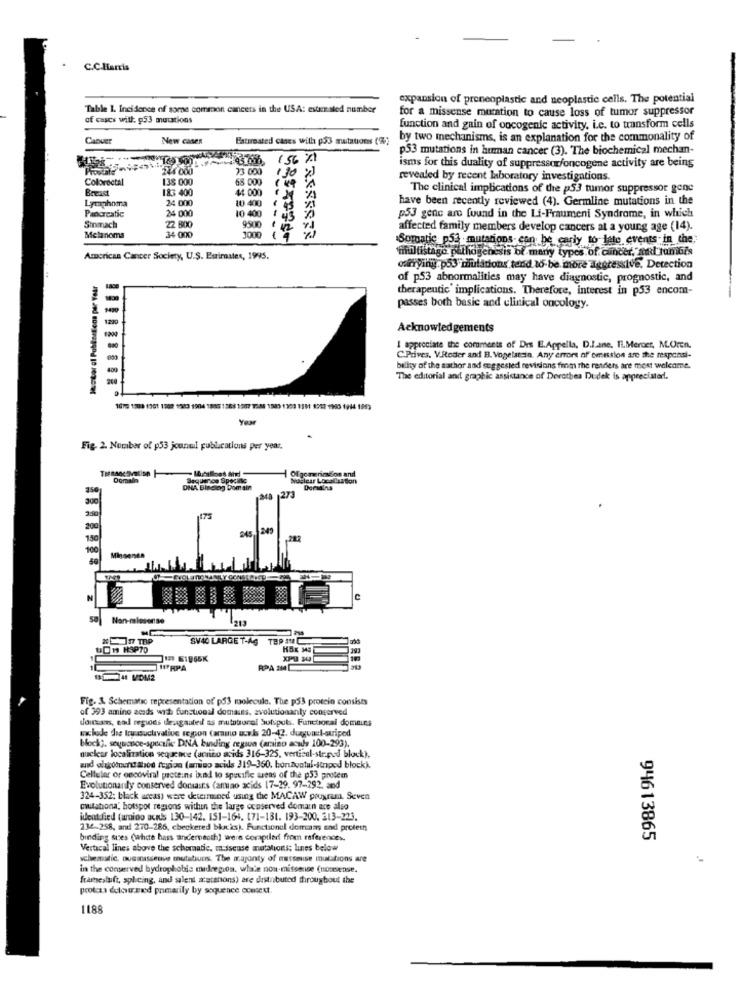
C.C.Harris
expansion of preneoplastic and neoplastic cells. The potential
Table 1. Incidence of some common cancers in the USA: estimated number
for a missense mutation to cause loss of tumor suppressor
of cases with: 53 mutations
function and gain of oncogenic activity, i.e. to transform cells
Caover
New canen
Esteroated cises will p33 mutations (%)
by two mechanisms, is an explanation for the commonality of
p53 mutations in human cancer (3). The biochemical mechan-
+43006
(56 %
244 000
73 000
130
isms for this duality of suppressor/oncogene activity are being
Colorectal
138 000
68 000
revealed by recent laboratory investigations.
Breast
183 400
44 000
The clinical implications of the p53 tumor suppressor gene
24 000
10 400
have been recently reviewed (4). Germline mutations in the
Lymphoma
Pancreatic
24 000
10 400
45
p53 gene are found in the Li-Fraumeni Syndrome, in which
Simach
22 800
34 000
9500
1000
affected family members develop cancers at a young age (14).
Melanoma
FREASSER
Somatic p53 mutations-can be carly to late events in the,
mifuiltistago pathogenesis of many types of cinder, Al tumbis
American Cancer Society, U.S. Eurimates, 1995.
carrying:p53"mutations tend 16-be more Tegressive. Detection
Justor of Publiertions per Year
of p53 abnormalities may have diagnostic, prognostic, and
therapeutic implications. Therefore, interest in p53 encom-
passes both basic and clinical oncology.
1220
Acknowledgements
I appreciate the comments of Des E.Appella, D.I.ane, Il.Mercer, M.Oren.
C.Prives, V.Reder and B. Vogelstein. Any errors of omission are the responsi-
bility of the author and suggested revisions from the resders are most welcome.
The editorial and graphic assistance of Dorothea Dudek is appreciated !.
Year
Fig. 2. Number of p53 jounul publications per year.
Oligomericdion and
Domain
Sequence Sporinsc
Noclear Localuntion
DNA Binding Domain
273
Mingenen
Non-miesense
213
NEW TRP
SV40 LARGE T-AG TEP !!!
UD1 HSP70
XPS 30
WFRPA
RPA AM
14 MOM2
Fig. & Schematic representation of p53 molecule. The p53 protein consists
of 393 amino acids with functional domaus, evolutionanty conserved
domars, ea regioes deagaated as mutatsorol Sutsputs. Functional domains
machode die tru suctivalive region (aring www.b 20-42. duqui:l-striped
bock), sequence-specific DNA binding regaun (amino acids 100-293).
nuclear localization sequence (amino acids 316-325, vertical-stepod block).
and ditrotundabod region (amino acids 319-350. borzontal-stnpod block).
Cellular or oncoviral pretens ixnd to specific tuens of the p53 protem
Evolunonanily conserved dorsais (amino acids 17-29. 97-292, and
324-352; black areas) were determined using the MACAW program. Seven
citationa, hotspot regions within the large ocoserved domain are also
identified (amino acels 130-142. 151-164. 171-181. 193-200. 213-223.
234-258, and 270-286, checkered blæks). Functionul domcams sad protein
binding sues (white hass underneath) were coraptled from references.
94613865
Vertical lines above the schematic. masseuse mutations; lines below
schematic, ousmassenves mutatuns. The majonty of masseuse muistions are
in the conserved hydrophobic midregion. whate non-missense (nonsense.
framnesluft, splicing, and silent a:ettons) are distributed throughout the
protca detour med primarily by sequence context.
1188